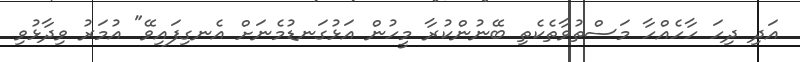
އަދި ދިހަ ހާހެއްހާ މަސްތުވާތެކެތި ބޭނުންކުރާ މީހުން އަޅުގަނޑުމެނަށް އެނގިފައިވޭ" އުމަރު ވިދާޅުވި